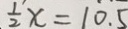
\frac { 1 } { 2 } x = 1 0 . 5